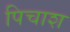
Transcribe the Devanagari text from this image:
पिचाश